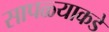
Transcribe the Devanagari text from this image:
सापळ्याकडे